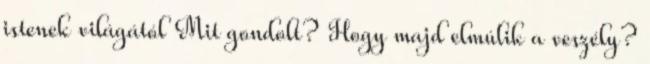
istenek világától Mit gondolt? Hogy majd elmúlik a veszély?